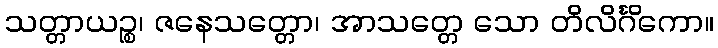
သတ္တာယဉ္စ၊ ဇနေသတ္တော၊ အာသတ္တေ သော တိလိင်္ဂိကော။